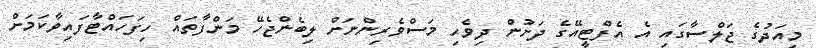
މިއަދުގެ ޖަލްސާގައި އެ އެފްޓީއޭގެ ދަށުން ދިވެހި މަސްވެރިންނަށް ލިބެންޖެހޭ މަންފާތައް ހިފަހައްޓާފައިވާކަމަށް